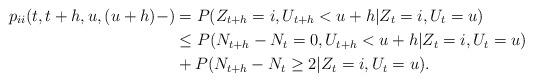
LaTeX: \begin{align*} p_{ii}(t,t+h,u,(u+h)-) &=P(Z_{t+h} = i,U_{t+h} < u+h|Z_t = i,U_t = u) \\ &\le P(N_{t+h}-N_t = 0,U_{t+h} < u+h|Z_t = i,U_t = u)\\ &+P(N_{t+h}-N_t \ge 2|Z_t = i,U_t = u).\end{align*}